65_HS1-834228961_62-HQ-83894_Serial_164
Agency: FBI
Page 104
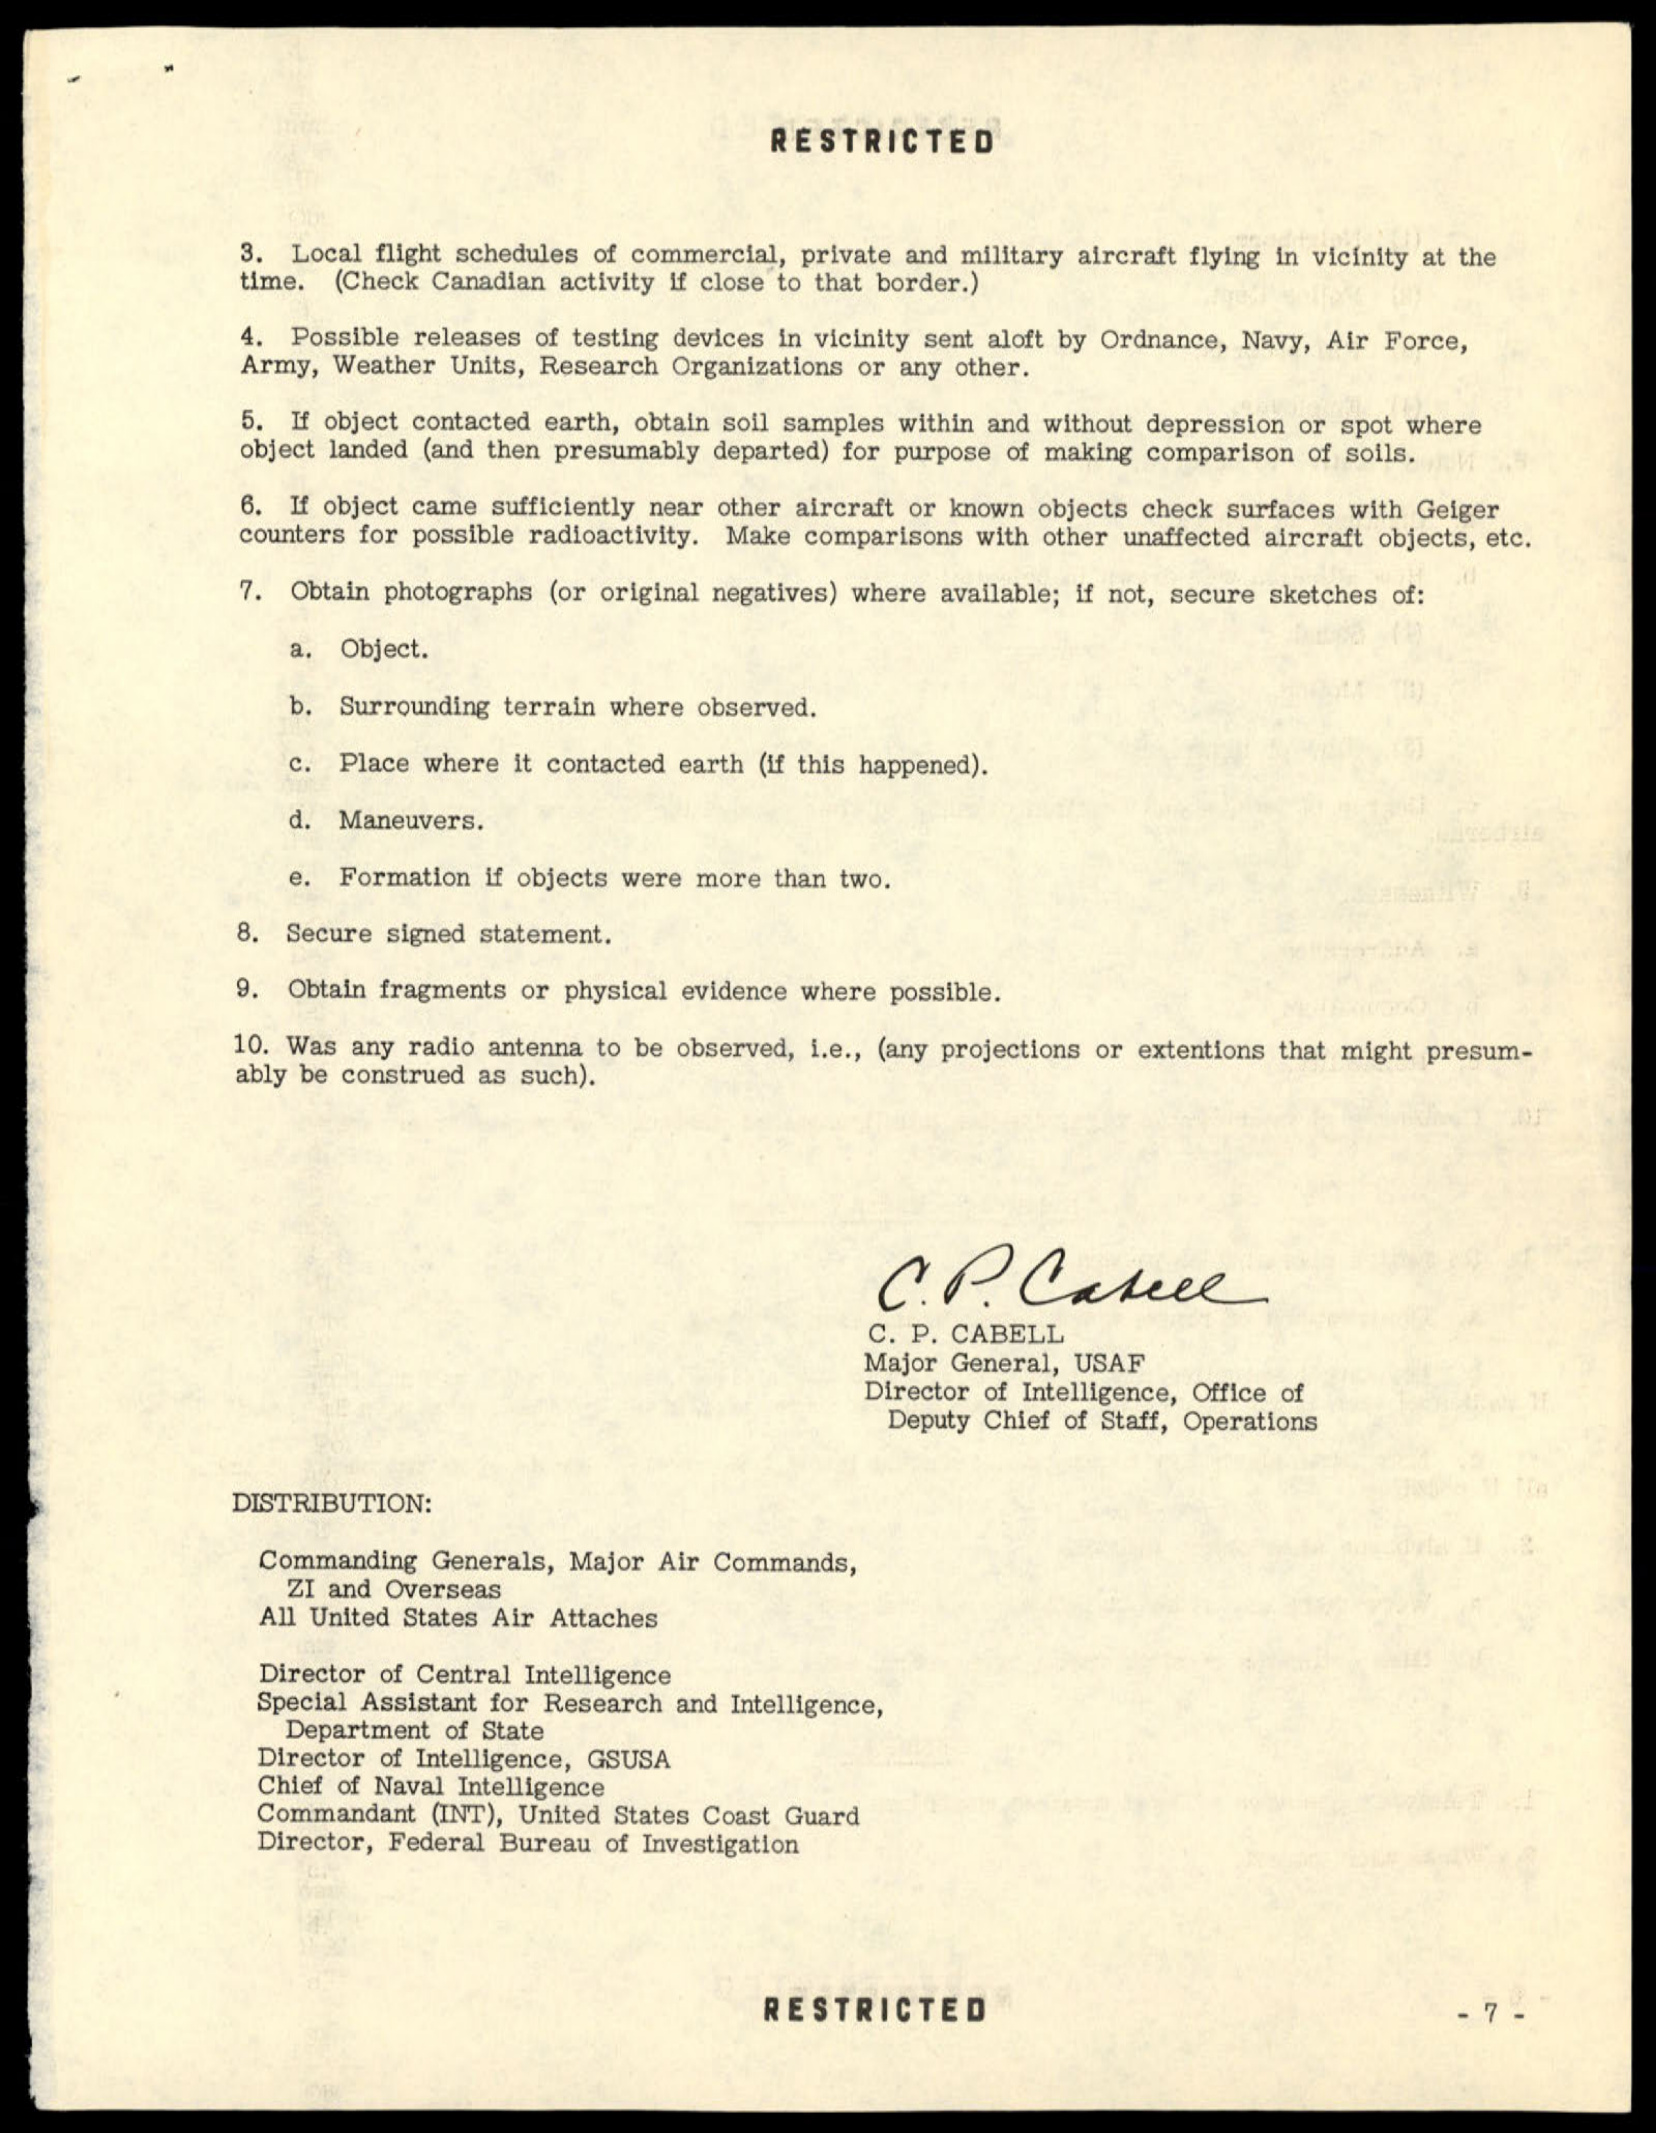